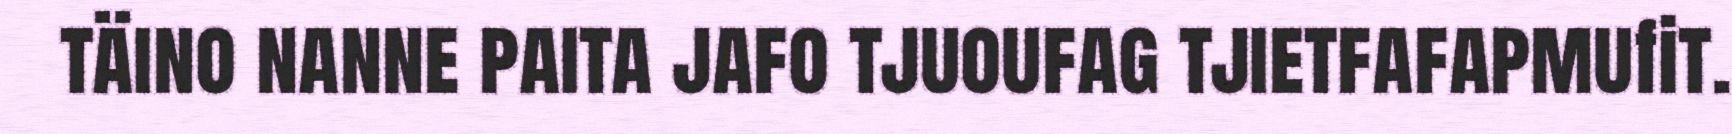
täino nanne paita jafo tjuoufag tjietfafapmufit.